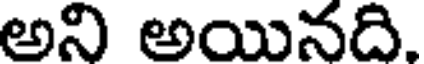
అని అయినది.